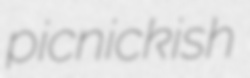
picnickish